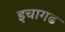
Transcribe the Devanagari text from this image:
इचागढ